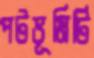
পটভূমিটি